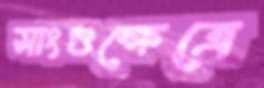
সাংগুক্ষেত্রে